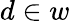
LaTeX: d\in w